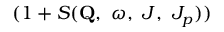
( 1 + S ( \mathbf { Q } , \ \omega , \ J , \ J _ { p } ) )